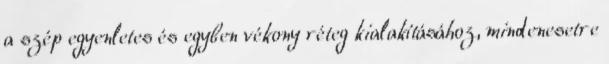
a szép egyenletes és egyben vékony réteg kialakításához, mindenesetre